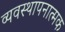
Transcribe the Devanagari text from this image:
व्यवस्थापनात्मक